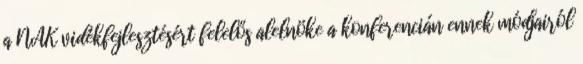
a NAK vidékfejlesztésért felelős alelnöke a konferencián ennek módjairól